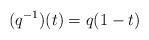
LaTeX: \begin{align*}(q^{-1})(t)=q(1-t)\end{align*}